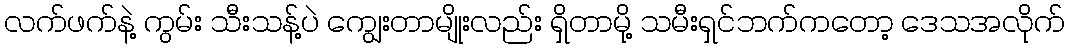
လက်ဖက်နဲ့ ကွမ်း သီးသန့်ပဲ ကျွေးတာမျိုးလည်း ရှိတာမို့ သမီးရှင်ဘက်ကတော့ ဒေသအလိုက်